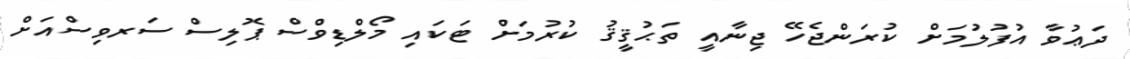
ދަޢުވާ އުފުލުމަށް ކުރަންޖެހޭ ޖިނާއީ ތަޙުޤީޤު ކުރުމަށް ޓަކައި މޯލްޑިވްސް ޕޮލިސް ސަރވިސްއަށް